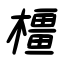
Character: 橿